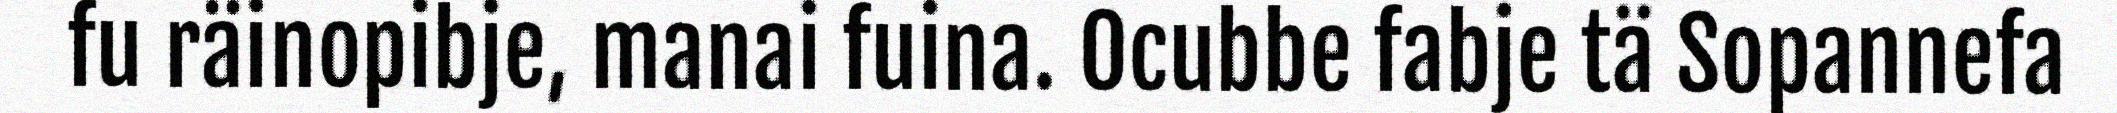
fu räinopibje, manai fuina. Ocubbe fabje tä Sopannefa